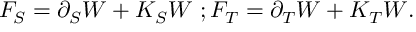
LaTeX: F _ { S } = \partial _ { S } W + K _ { S } W \, \, ; F _ { T } = \partial _ { T } W + K _ { T } W .